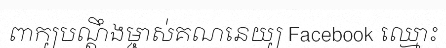
ពាក្យបណ្តឹងម្ចាស់គណនេយ្យ Facebook ឈ្មោះ